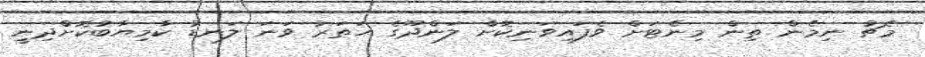
މެޗު ނިމެން ތިން މިނެޓަށް ވެފައިވަނިކޮށް ލަންދޫގެ ހަތަރު ވަނަ ލަނޑު ކާމިޔާބުކޮށްދިނީ